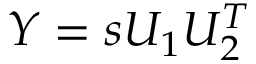
Y = s U _ { 1 } U _ { 2 } ^ { T }